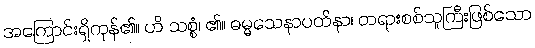
အကြောင်းရှိကုန်၏။ ဟိ သစ္စံ၊ ၏။ ဓမ္မသေနာပတိနာ၊ တရားစစ်သူကြီးဖြစ်သော